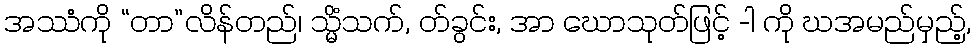
အဿံကို “တာ”လိန်တည်၊ သ္မိံသက်, တ်ခွင်း, အာ ဃောသုတ်ဖြင့် -ါ ကို ဃအမည်မှည့်,